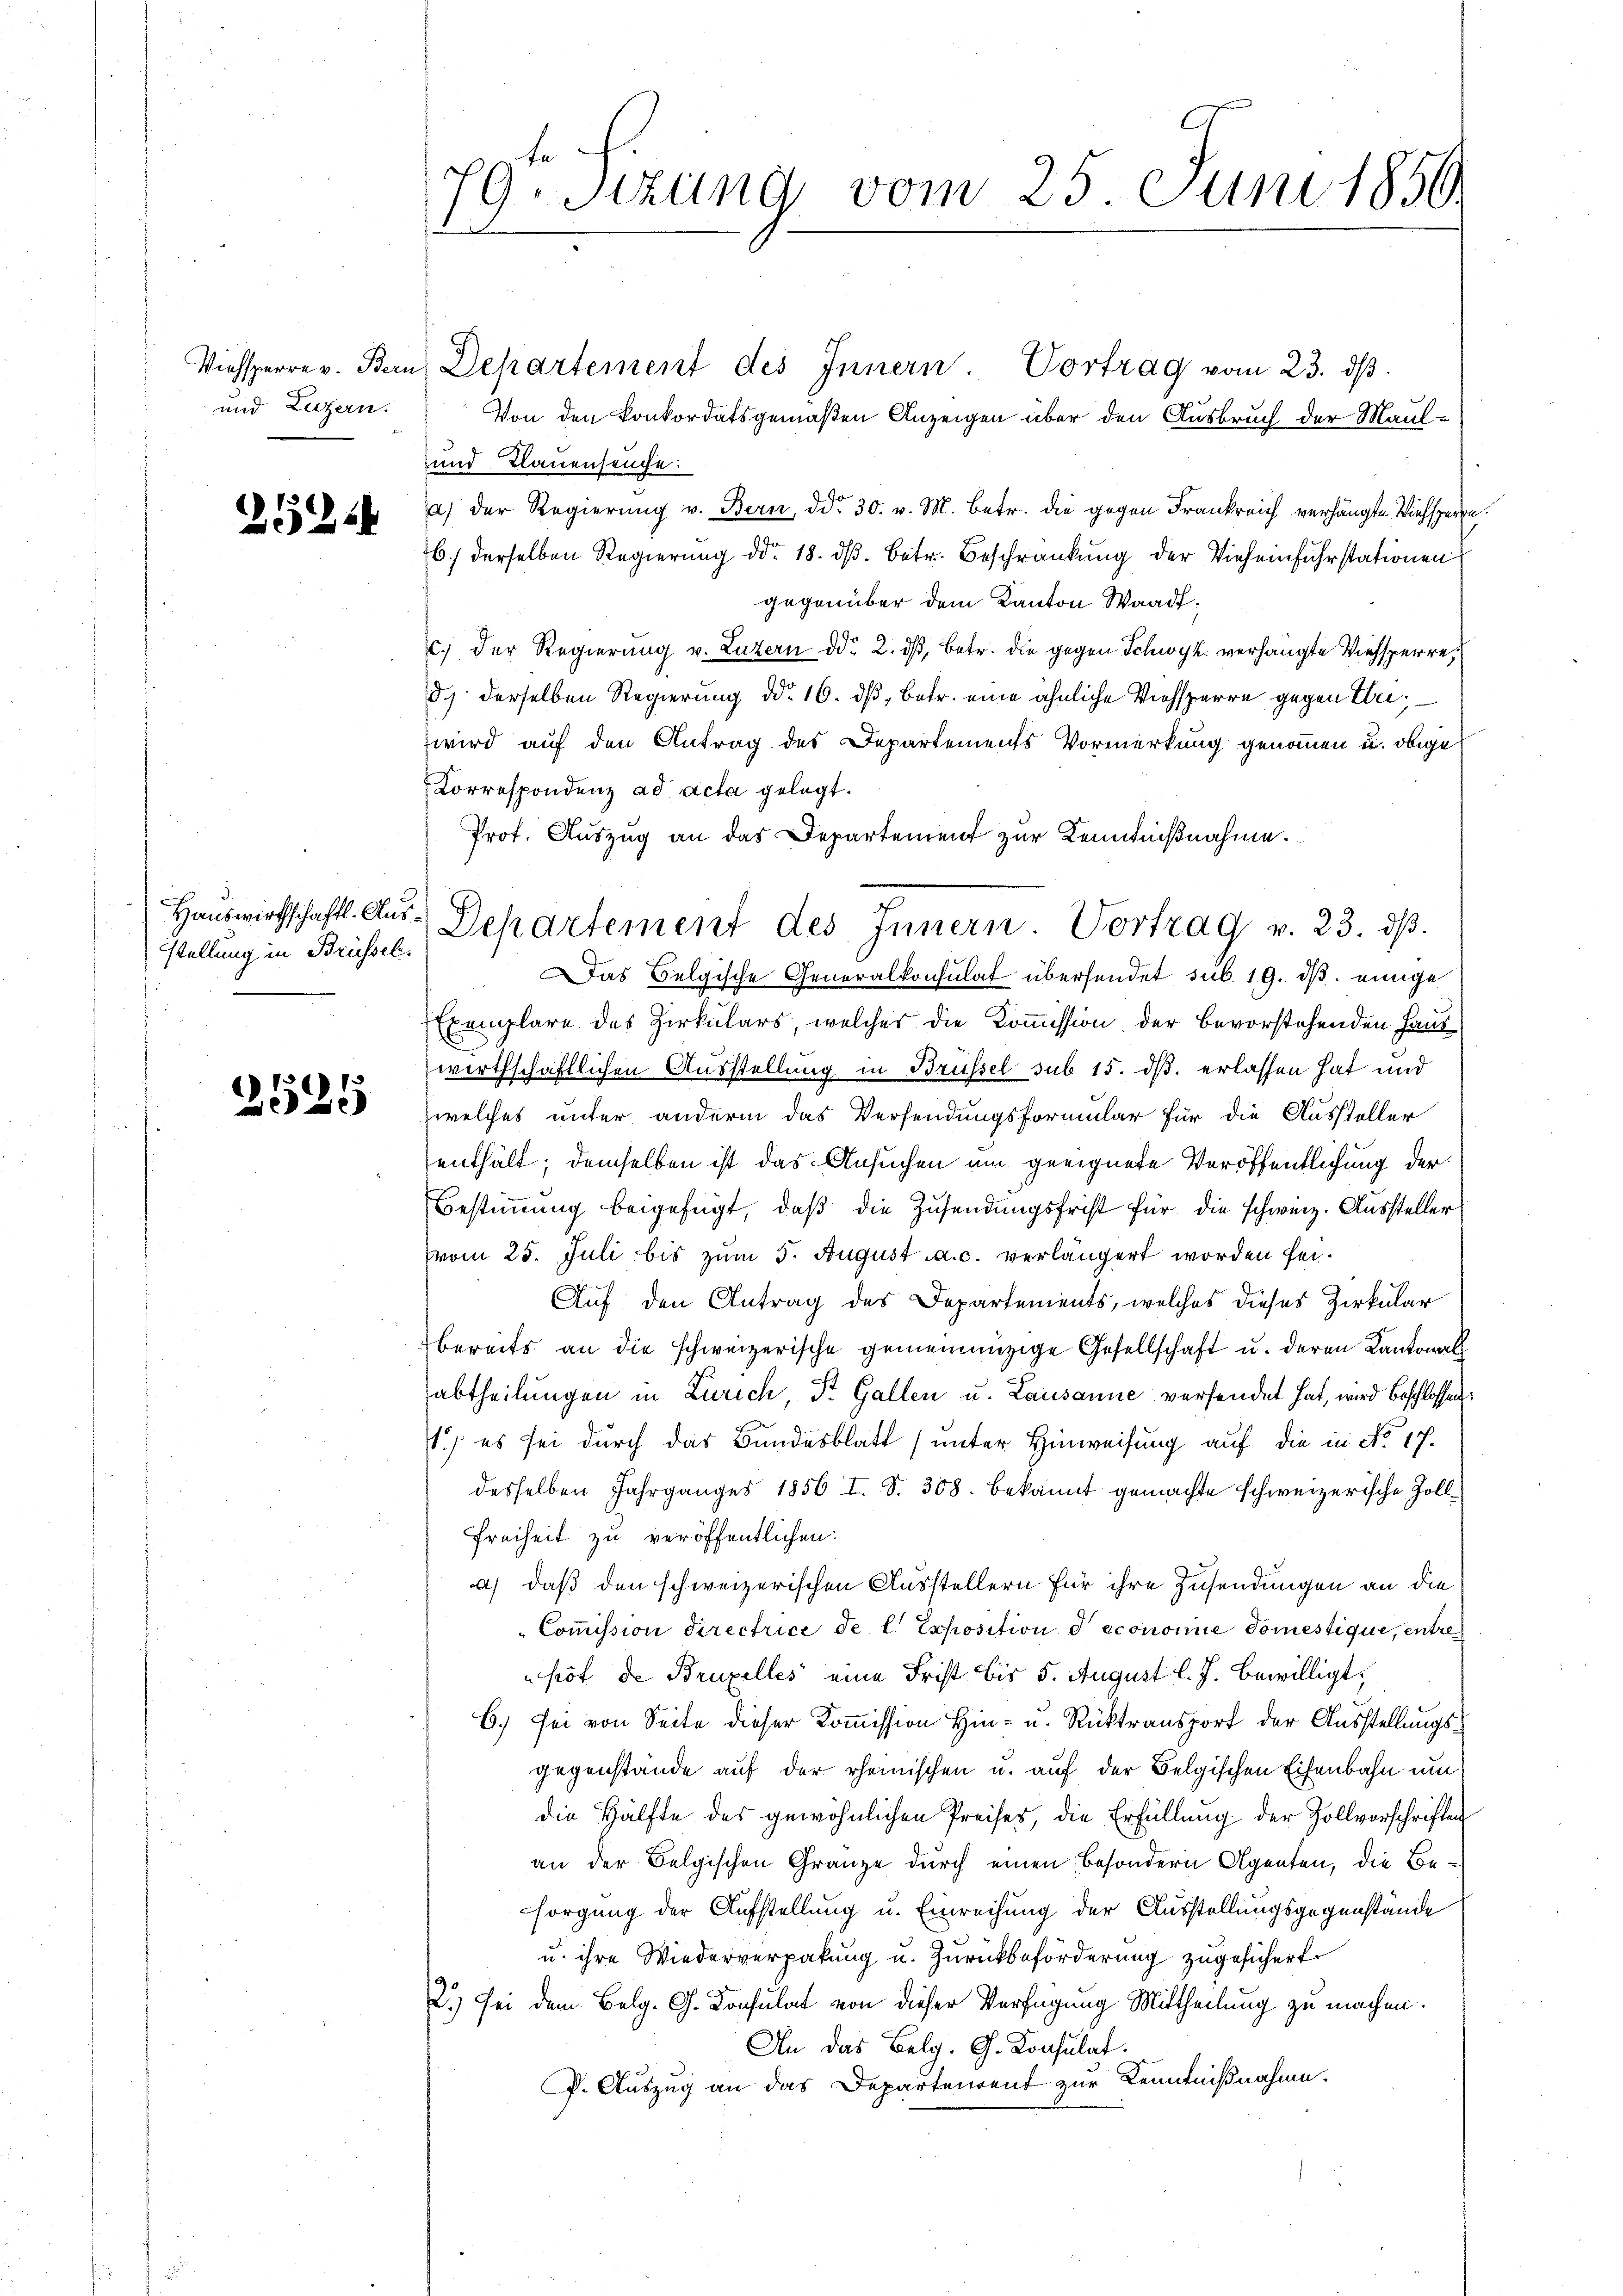
und Luzern.

254

stellung in Brüssel

1
252.

79. Sizung vom 25. Juni 1859.

Viehsperre v. Bern Departement des Innern. Vortrag vom 23. dβ
Von den Konkordatsgemäßen Anzeigen über den Ausbruch der Maul¬
und Plauenseuche:
a) der Regierŭng v. Bern, ddo 30. v. M. betr. die gegen Frankreich verhängte Viehsperre.
6) derselben Regierung ddo. 18. dβ betr. Beschränkung der Vieheinfuhrstationen
gegenüber dem Kanton Waadt,
c.) Der Regierung v. Luzern ddo 2. dβ, betr. die gegen Schwyz verhängte Viehsperred.) derselben Regierung ddo. 16. dβ, betr. eine ähnliche Viehsperre gegen Erwird auf den Antrag des Departements Vormerkung genommen u. obige
Korrespondenz ad acta gelegt.
Prof. Auszug an das Departement zur Kenntnißnahme.
Das Belgische Generalkonsulat übersendet sub 19. dβ einige
Exemplare des Zirkulars, welches die Kommission der bevorstehenden Hauswirthschaftlichen Ausstellung in Brüssel sub 15. dß erlassen hat und
zwelches unter andern das Versendungsformular für die Aussteller
enthält; demselben ist das Ansuchen um geeignete Veröffentlichung der
Bestimmung beigefügt, daß die Zusendungsfrist für die schweiz. Aussteller
vom 25. Juli bis zum 5. August a. c. verlängert worden sei.
Auf den Antrag des Departements, welches dieses Zirkular
bereits an die schweizerische gemeinnüzige Gesellschaft u. deren Kantonal
abtheilungen in Zürich, St. Gallen u. Lausanne versendet hat, wird beschlossen:
1.) es sei durch das Bundesblatt (unter Hinweisung auf die in No. 17.
desselben Jahrganges 1856 I. S. 308. bekannt gemachte schweizerische Zoll¬
Freiheit zu veröffentlichen:
a) daß den schweizerischen Ausstellern für ihre Zusendungen an die
Coṁission directrice de l. Exposition d economie domestique, entrehot de Brupelles eine Frist bis 5. August l. J. bewilligt,
6.) Sei von Seite dieser Kommission Hin- u. Rücktransport der Ausstellungsgegenstände auf der rheinischen u. auf der Belgischen Eisenbahn um
die Hälfte des gewöhnlichen Preises, die Erfüllung der Zollvorschriften
an der Belgischen Gränze durch einen besondern Agenten, die Besorgung der Aufstellung u. Einreihung der Ausstellungsgegenstände
u. ihre Wiederverpakung u. Zurückbeförderung zugesichert.
2.) Sei dem Belg. G. Konsulat von dieser Verfügung Mittheilung zu machen.
An das Belg. G. Konsulat
P. Auszug an das Departenrent zur Kenntnißnahme.

Hauswirtschaft. Aus-Departement des Innern. Vortrag v. 23. dβ.